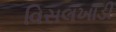
વિસલખાડી